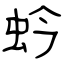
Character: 蚙